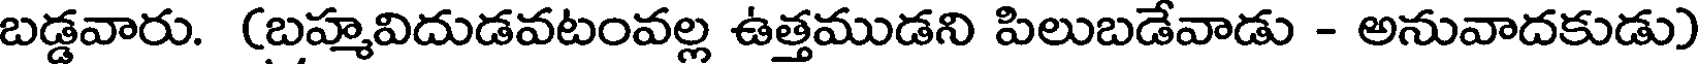
బడ్డవారు. (బహ్మవిదుడవటంవల్ల ఉత్తముడని పిలుబడేవాడు - అనువాదకుడు)